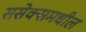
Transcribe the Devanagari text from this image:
ससेक्समधील